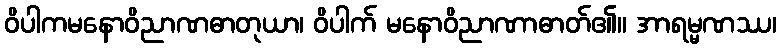
ဝိပါကမနောဝိညာဏဓာတုယာ၊ ဝိပါက် မနောဝိညာဏာဓာတ်၏။ အာရမ္မဏဿ၊